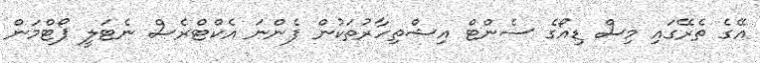
އޭގެ ތެރޭގައި މިސް ޑިއޯގެ ސެންޓް އިޝްތިހާރުތަކުން ފެންނަ އެކްޓްރެސް ނެޓަލީ ޕޯޓްމަން